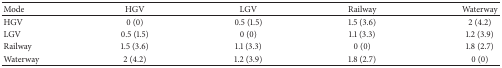
<table><thead><tr><td><b>Mode</b></td><td><b>HGV</b></td><td><b>LGV</b></td><td><b>Railway</b></td><td><b>Waterway</b></td></tr></thead><tbody><tr><td>HGV</td><td>0 (0)</td><td>0.5 (1.5)</td><td>1.5 (3.6)</td><td>2 (4.2)</td></tr><tr><td>LGV</td><td>0.5 (1.5)</td><td>0 (0)</td><td>1.1 (3.3)</td><td>1.2 (3.9)</td></tr><tr><td>Railway</td><td>1.5 (3.6)</td><td>1.1 (3.3)</td><td>0 (0)</td><td>1.8 (2.7)</td></tr><tr><td>Waterway</td><td>2 (4.2)</td><td>1.2 (3.9)</td><td>1.8 (2.7)</td><td>0 (0)</td></tr></tbody></table>